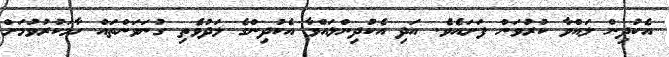
އެކުދިން ލައްވާ ކުރުވަން ފަށައެވެ. އަދި އެކުދިންލައްވާ އެކުދިންގެ ލަދުވެތި ގުނަވަންތައް ހާމަކުރުވުމަށް